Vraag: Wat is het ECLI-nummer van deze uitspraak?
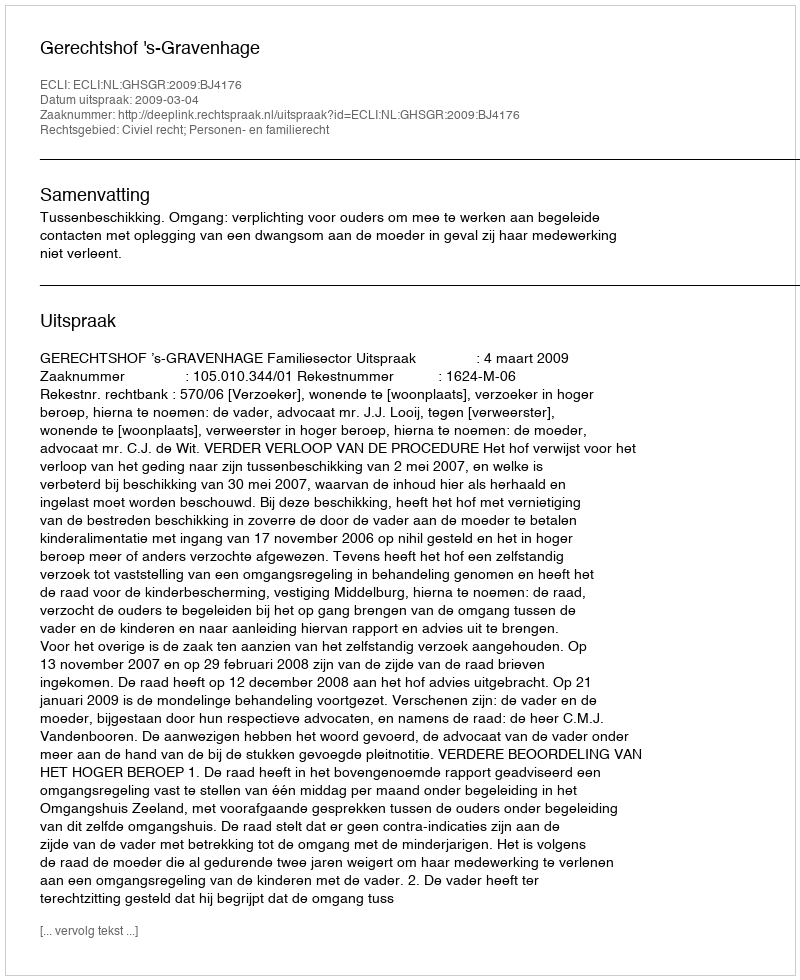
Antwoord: ECLI:NL:GHSGR:2009:BJ4176